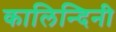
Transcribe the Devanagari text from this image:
कालिन्दिनी